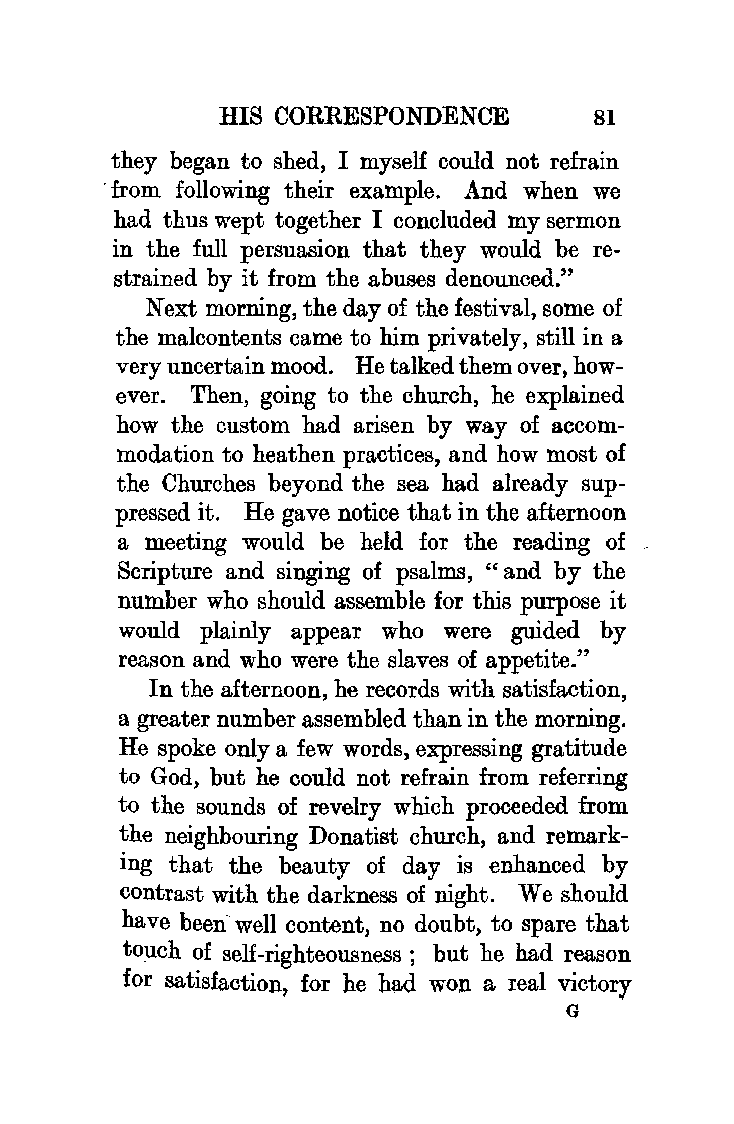
HIS CORRESPONDENCE      81
 they began to shed, I myself could not refrain
 · from following their example. And when we
 had thus wept together I concluded my sermon
 in the full persuasion that they would be re
 strained by it from the abuses denounced."
 Next morning, the day of the festival, some of
 the malcontents came to him privately, still in a
 very uncertain mood. He talked them over, how
 ever. Then, going to the church, he explained
 how the custom had arisen by way of accom
 modation to heathen practices, and how most of
 the Churches beyond the sea had already sup
 pressed it. He gave notice that in the afternoon
 a meeting would be held for the reading of
 Scripture and singing of psalms, "and by the
 number who should assemble for this purpose it
 would plainly appear who were guided by
 reason and who were the slaves of appetite."
 In the afternoon, he records with satisfaction,
 a greater number assembled than in the morning.
 He spoke only a few words, expressing gratitude
 to God, but he could not refrain from referring
 to the sounds of revelry which proceeded from
 the neighbouring Donatist church, and remark
 ing that the beauty of day is enhanced by
 contrast with the darkness of night. We should
 have been' well content, no doubt, to spare that
 touch of self-righteousness; but he had reason
 for satisfaction for he had won a real victory
 1
 G